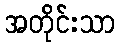
အတိုင်းသာ